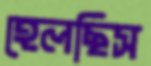
হেলছিস